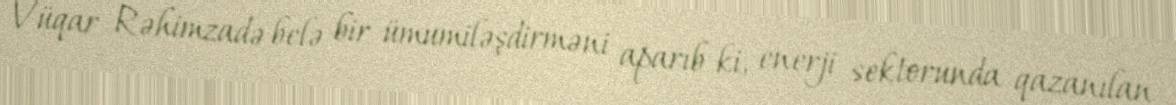
Vüqar Rəhimzadə belə bir ümumiləşdirməni aparıb ki, enerji sektorunda qazanılan